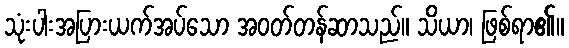
သုံးပါးအပြားယက်အပ်သော အဝတ်တန်ဆာသည်။ သိယာ၊ ဖြစ်ရာ၏။